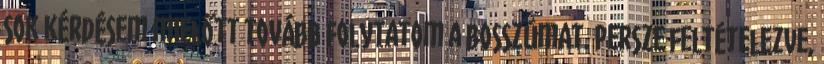
sok kérdésem mielőtt tovább folytatom a bosszúmat. Persze feltételezve,